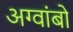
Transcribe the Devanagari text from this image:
अग्वांबो